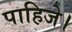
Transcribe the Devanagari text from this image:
पाहिजे।